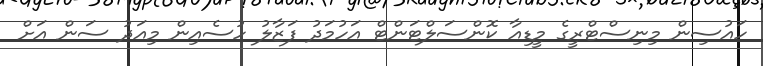
ހައުސިން މިނިސްޓްރީގެ މީޑިއާ ކޮންސަލްޓަންޓް އަހުމަދު ފަޒާލު ހުސެއިން މިއަދު ސަން އަށް